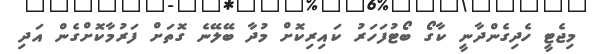
މިޖެޓީ ހެދިގެންދާނީ ކާގޯ ބޯޓުފަހަރު ކައިރިކޮށް މުދާ ބޭލޭނެ ގޮތަށް ފަރުމާކޮށްގެން އަދި